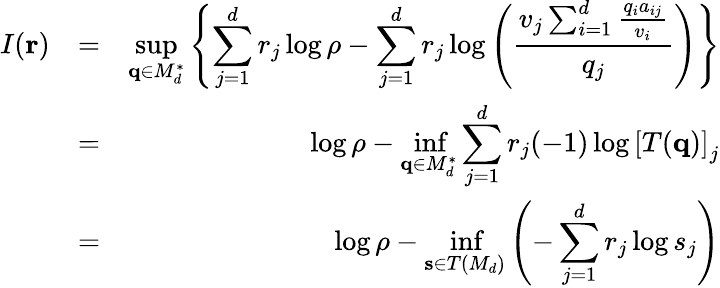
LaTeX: \begin{array}{rlr}{I(\mathbf{r})}&{=}&{\displaystyle\operatorname*{sup}_{\mathbf{q}\in M_{d}^{*}}\left\{ \sum_{j=1}^{d}r_{j}\log\rho-\displaystyle\sum_{j=1}^{d}r_{j}\log\left(\frac{v_{j}\sum_{i=1}^{d}\frac{q_{i}a_{ij}}{v_{i}}}{q_{j}}\right)\right\} }\\ &{=}&{\log\rho-\displaystyle\operatorname*{inf}_{\mathbf{q}\in M_{d}^{*}}\sum_{j=1}^{d}r_{j}(-1)\log\left[T(\mathbf{q})\right]_{j}}\\ &{=}&{\log\rho-\displaystyle\operatorname*{inf}_{\mathbf{s}\in T(M_{d})}\left(-\sum_{j=1}^{d}r_{j}\log s_{j}\right)}\end{array}